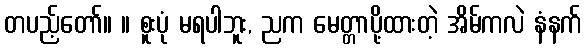
တပည့်တော်။ ။ စူးပုံ မရပါဘူး, ညက မေတ္တာပို့ထားတဲ့ အိမ်ကလဲ နံနက်